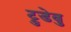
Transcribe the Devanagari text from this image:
ट्रुडेवु